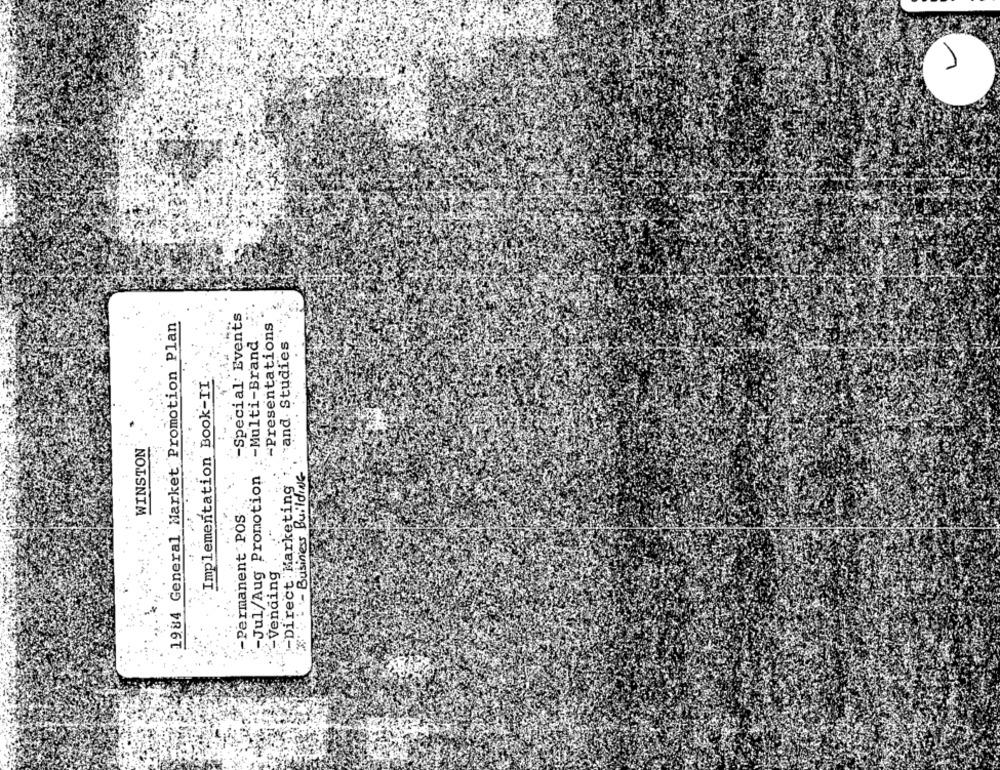
-Special Events
1984 General Market Promotion Plan
-Presentations
: - Multi-Brand
cand. Studies
Implementation Book-II
WINSTON
-Jul/Aug Promotion
·Business Building
-Direct Marketing
-Permanent -POS
-Vending